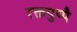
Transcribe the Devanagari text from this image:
रक्तपुष्पै